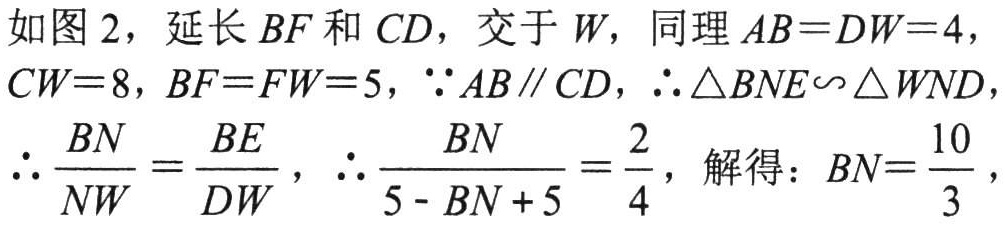
如图 2，延长 \(BF\) 和 \(CD\)，交于 \(W\)，同理 \(AB = DW = 4\)，\(CW = 8\)，\(BF = FW = 5\)，\(\because AB\parallel CD\)，\(\therefore \triangle BNE\backsim\triangle WND\)，\(\therefore \frac{BN}{NW}=\frac{BE}{DW}\)，\(\therefore \frac{BN}{5 - BN + 5}=\frac{2}{4}\)，解得：\(BN = \frac{10}{3}\)，